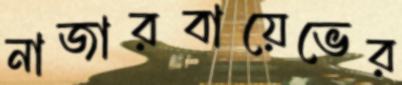
নাজারবায়েভের